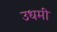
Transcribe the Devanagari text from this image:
उधमी